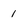
Character: 1